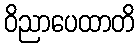
ဝိညာပေထာတိ